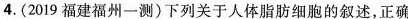
4.(2019福建福州-测)下列关于人体脂肪细胞的叙述，正确